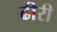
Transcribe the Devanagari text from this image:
ढीरी